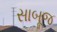
સાબૂજ